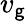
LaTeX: v_{\mathsf{g}}